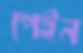
পেইন